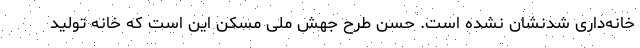
خانه‌داری شدنشان نشده است. حُسن طرح جهش ملی مسکن این است که خانه تولید